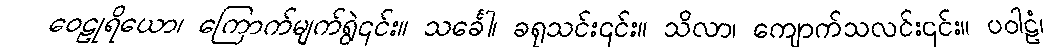
ဝေဠုရိယော၊ ကြောက်မျက်ရွဲ၎င်း။ သင်္ခေါ၊ ခရုသင်း၎င်း။ သိလာ၊ ကျောက်သလင်း၎င်း။ ပဝါဠံ၊